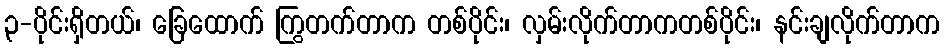
၃-ပိုင်းရှိတယ်၊ ခြေထောက် ကြွတက်တာက တစ်ပိုင်း၊ လှမ်းလိုက်တာကတစ်ပိုင်း၊ နင်းချလိုက်တာက